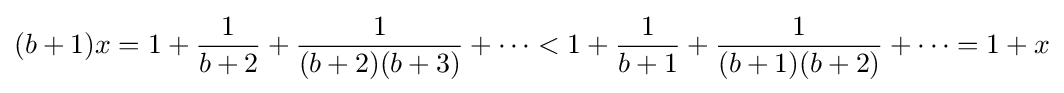
(b+1)x=1+{\frac {1}{b+2}}+{\frac {1}{(b+2)(b+3)}}+\cdots <1+{\frac {1}{b+1}}+{\frac {1}{(b+1)(b+2)}}+\cdots =1+x